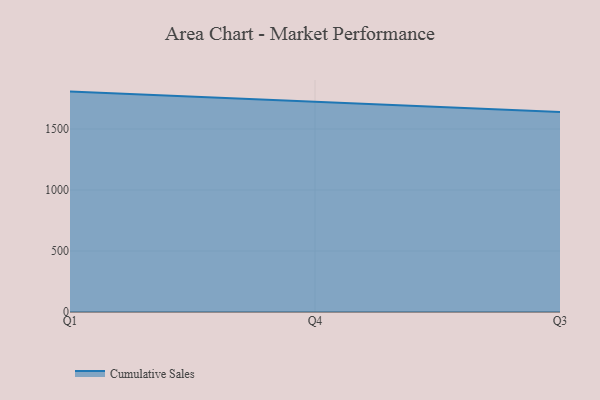
{"axis": {"x": "Quarter", "y": "Website Visitors"}, "legend": ["Cumulative Sales"], "data": [{"x": "Q1", "y": 1806.8, "type": "Cumulative Sales"}, {"x": "Q4", "y": 1721.3, "type": "Cumulative Sales"}, {"x": "Q3", "y": 1640.5, "type": "Cumulative Sales"}]}